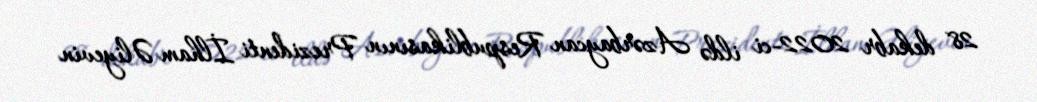
28 dekabr 2022-ci ildə Azərbaycan Respublikasının Prezidenti İlham Əliyevin